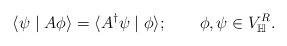
\begin{align*}\langle \psi \mid A\phi \rangle=\langle A^{\dagger} \psi \mid\phi \rangle;\quad~~~\phi ,\psi \in V_\mathbb{H}^R.\end{align*}